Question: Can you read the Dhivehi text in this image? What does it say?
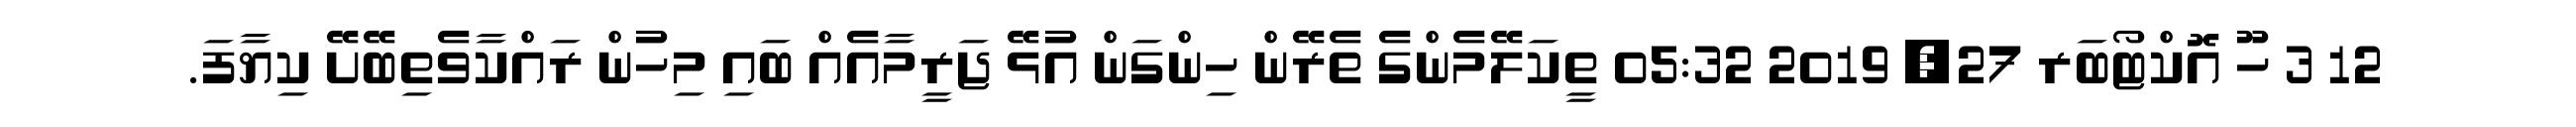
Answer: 12 3 ހޫ އޮކްޓޯބަރ 27, 2019 05:32 ތީކަލޭމެންގެ ތެރޭން ހިންގަން އުޅޭ ޖަރީމާއެއް ބައި މިހުން ރައްކާވެތިބޭށޭ ކިޔާފަ.